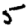
Digit: 5